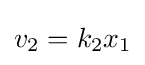
v_{2}=k_{2}x_{1}